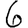
Digit: 6